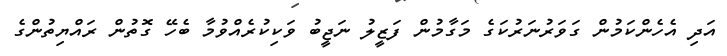
އަދި އެހެންކަމުން ގަވަރުނަރުކަގެ މަގާމުން ފަޒީލު ނަޖީބު ވަކިކުރެއްވުމާ ބެހޭ ގޮތުން ރައްޔިތުންގެ